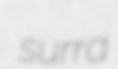
surra